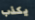
يكذب